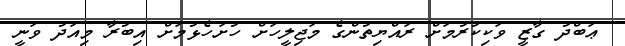
ޢަބްދު ގާޒީ ވަކިކުރުމަށް ރައްޔިތުންގެ މަޖިލީހަށް ހުށަހެޅުމަށް އިބުރާ މިއަދު ވަނީ